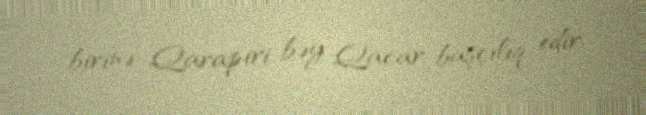
birinə Qarapiri bəy Qacar başçılıq edir.